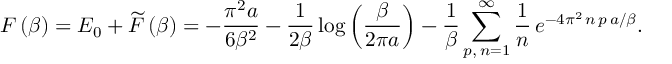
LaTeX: F \left( \beta \right) = E _ { 0 } + \widetilde { F } \left( \beta \right) = - \frac { \pi ^ { 2 } a } { 6 \beta ^ { 2 } } - \frac { 1 } { 2 \beta } \log \left( \frac { \beta } { 2 \pi a } \right) - \frac { 1 } { \beta } \sum _ { p , \, n = 1 } ^ { \infty } \frac { 1 } { n } \, e ^ { - 4 \pi ^ { 2 } \, n \, p \, a / \beta } .